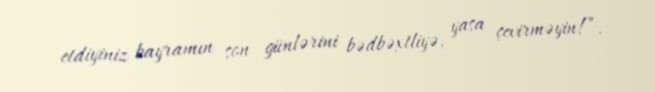
etdiyiniz bayramın son günlərini bədbəxtliyə, yasa çevirməyin!”.